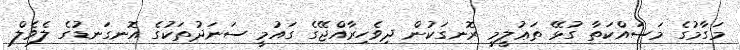
މަގާމުގެ މަސައްކަތާ ގުޅޭ ތަޢުލީމީ ރޮނގަކުން ދިވެހިރާއްޖޭގެ ގައުމީ ސަނަދުތަކުގެ އޮނގަނޑުގެ ލެވެލް